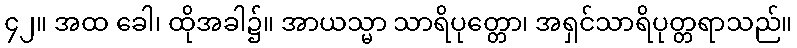
၄၂။ အထ ခေါ၊ ထိုအခါ၌။ အာယသ္မာ သာရိပုတ္တော၊ အရှင်သာရိပုတ္တရာသည်။